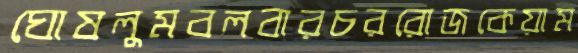
ঘোষলুমবলবারচররোজকেয়াম